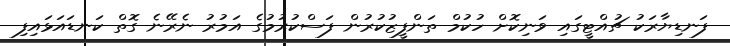
ފަނޑިޔާރަކު ޗުއްޓީގައި ވަނިކޮށް ހުކުމް ތަންފީޒުކުރުން ފަސްކުރުމުގެ އަމުރު ނެރޭނެ ގޮތް ކަނޑައަޅައިފި